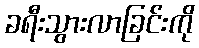
ခရီးသွားလာခြင်းကို